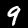
Label: 9